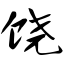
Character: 饶